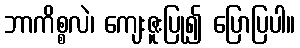
ဘာကိစ္စလဲ၊ ကျေးဇူးပြု၍ ပြောပြပါ။